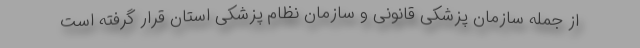
از جمله سازمان پزشکی قانونی و سازمان نظام پزشکی استان قرار گرفته است